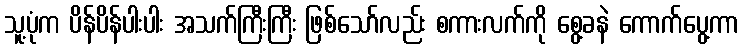
သူ့ပုံက ပိန်ပိန်ပါးပါး အသက်ကြီးကြီး ဖြစ်သော်လည်း စကားလက်ကို စွေ့ခနဲ ကောက်ပွေ့ကာ